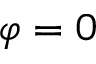
\varphi = 0